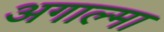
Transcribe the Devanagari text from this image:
अगाल्मा